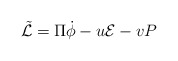
\begin{align*}{\tilde{\cal L}} = \Pi \dot{\phi} - u {\cal E} - v{ P}\end{align*}